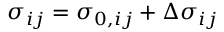
\sigma _ { i j } = \sigma _ { 0 , i j } + \Delta \sigma _ { i j }